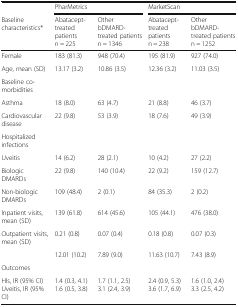
<table><thead><tr><td>[EMPTY_CELL]</td><td colspan="2"><b>PharMetrics</b></td><td colspan="2"><b>MarketScan</b></td></tr><tr><td><b>Baseline characteristics*</b></td><td><b>Abatacept-treated patientsn = 225</b></td><td><b>Other bDMARD-treated patientsn = 1346</b></td><td><b>Abatacept-treated patientsn = 238</b></td><td><b>Other bDMARD-treated patientsn = 1252</b></td></tr></thead><tbody><tr><td>Female</td><td>183 (81.3)</td><td>948 (70.4)</td><td>195 (81.9)</td><td>927 (74.0)</td></tr><tr><td>Age, mean (SD)</td><td>13.17 (3.2)</td><td>10.86 (3.5)</td><td>12.36 (3.2)</td><td>11.03 (3.5)</td></tr><tr><td>Baseline co-morbidities</td><td>[EMPTY_CELL]</td><td>[EMPTY_CELL]</td><td>[EMPTY_CELL]</td><td>[EMPTY_CELL]</td></tr><tr><td>Asthma</td><td>18 (8.0)</td><td>63 (4.7)</td><td>21 (8.8)</td><td>46 (3.7)</td></tr><tr><td>Cardiovascular disease</td><td>22 (9.8)</td><td>53 (3.9)</td><td>18 (7.6)</td><td>49 (3.9)</td></tr><tr><td>Hospitalized infections</td><td>[EMPTY_CELL]</td><td>[EMPTY_CELL]</td><td>[EMPTY_CELL]</td><td>[EMPTY_CELL]</td></tr><tr><td>Uveitis</td><td>14 (6.2)</td><td>28 (2.1)</td><td>10 (4.2)</td><td>27 (2.2)</td></tr><tr><td>Biologic DMARDs</td><td>22 (9.8)</td><td>140 (10.4)</td><td>22 (9.2)</td><td>159 (12.7)</td></tr><tr><td>Non-biologic DMARDs</td><td>109 (48.4)</td><td>2 (0.1)</td><td>84 (35.3)</td><td>2 (0.2)</td></tr><tr><td>Inpatient visits, mean (SD)</td><td>139 (61.8)</td><td>614 (45.6)</td><td>105 (44.1)</td><td>476 (38.0)</td></tr><tr><td>Outpatient visits, mean (SD)</td><td>0.21 (0.8)</td><td>0.07 (0.4)</td><td>0.18 (0.8)</td><td>0.07 (0.3)</td></tr><tr><td>[EMPTY_CELL]</td><td>12.01 (10.2)</td><td>7.89 (9.0)</td><td>11.63 (10.7)</td><td>7.43 (8.9)</td></tr><tr><td colspan="5">Outcomes</td></tr><tr><td>HIs, IR (95% CI)Uveitis, IR (95% CI)</td><td>1.4 (0.3, 4.1)1.6 (0.5, 3.8)</td><td>1.7 (1.1, 2.5)3.1 (2.4, 3.9)</td><td>2.4 (0.9, 5.3) 3.6 (1.7, 6.9)</td><td>1.6 (1.0, 2.4)3.3 (2.5, 4.2)</td></tr></tbody></table>